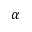
\alpha